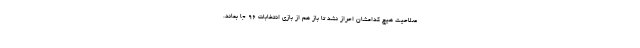
صلاحیت هیچ کدامشان احراز نشد تا باز هم از بازی انتخابات ۹۶ جا بماند.